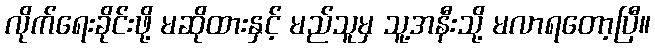
လိုက်ရေးခိုင်းဖို့ မဆိုထားနှင့် မည်သူမှ သူ့အနီးသို့ မလာရတော့ပြီ။